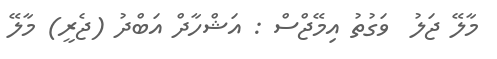
މާލޭ ޖަލު  ވަގުތު އިމޭޖްސް : އަޝްހާދް އަބްދު (ޖެރީ) މާލޭ